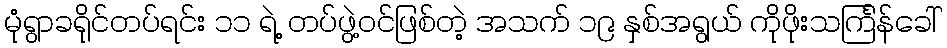
မုံရွာခရိုင်တပ်ရင်း ၁၁ ရဲ့ တပ်ဖွဲ့ဝင်ဖြစ်တဲ့ အသက် ၁၉ နှစ်အရွယ် ကိုဖိုးသင်္ကြန်ခေါ်